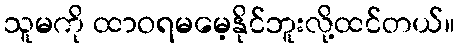
သူမကို ထာဝရမမေ့နိုင်ဘူးလို့ထင်တယ်။